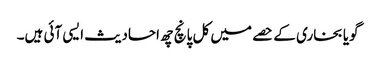
گویا بخاری کے حصے میں کل پانچ چھ احادیث ایسی آئی ہیں۔